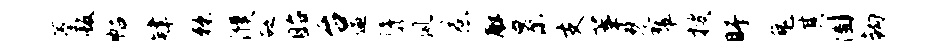
蓁版帖肄棘濮砭眙台逼隳夙惹解景支莘琴翠搜盱兔其圃钩